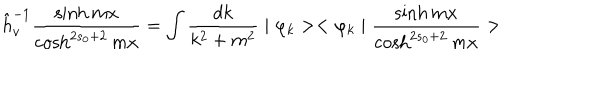
LaTeX: \hat { h } _ { v } ^ { - 1 } \frac { \sinh m x } { \cosh ^ { 2 s _ { 0 } + 2 } m x } = \int \frac { d k } { k ^ { 2 } + m ^ { 2 } } \mid \varphi _ { k } > < \varphi _ { k } \mid \frac { \sinh m x } { \cosh ^ { 2 s _ { 0 } + 2 } m x } >